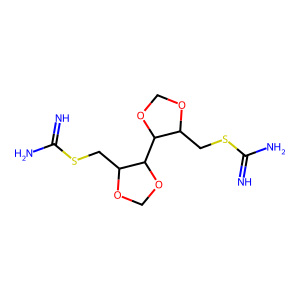
SMILES: N=C(N)SCC1OCOC1C1OCOC1CSC(=N)N
Inhibits HIV replication: No